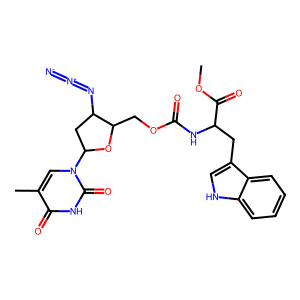
SMILES: COC(=O)C(Cc1c[nH]c2ccccc12)NC(=O)OCC1OC(n2cc(C)c(=O)[nH]c2=O)CC1N=[N+]=[N-]
Inhibits HIV replication: No